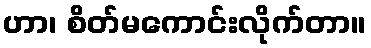
ဟာ၊ စိတ်မကောင်းလိုက်တာ။